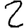
Digit: 2